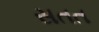
સતત